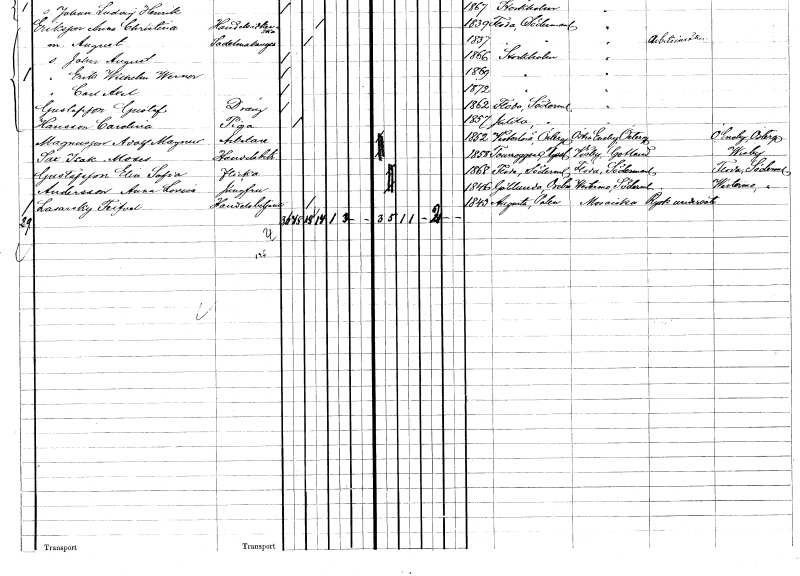
gt_parse: households: individuals: FN: Adolf Magnus
EN: Magnusson
YRKE: Arbetare
KON: M
CIV: O
FODAR: 1852
FODFORS: Västerlösa Östergötlands län
FN: Isak Moses
EN: Sax
YRKE: Handelsbiträde
KON: M
CIV: O
FODAR: 1858
FN: Elin Sofia
EN: Gustafsson
KON: K
CIV: O
FODAR: 1868
FODFORS: Floda Södermanlands län
FN: Feifval
EN: Lasarsky
YRKE: Handelsbetjänt
KON: M
CIV: G
FODAR: 1843